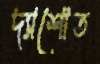
দ্যাশোত